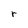
Character: r